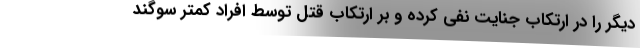
دیگر را در ارتکاب جنایت نفی کرده و بر ارتکاب قتل توسط افراد کمتر سوگند